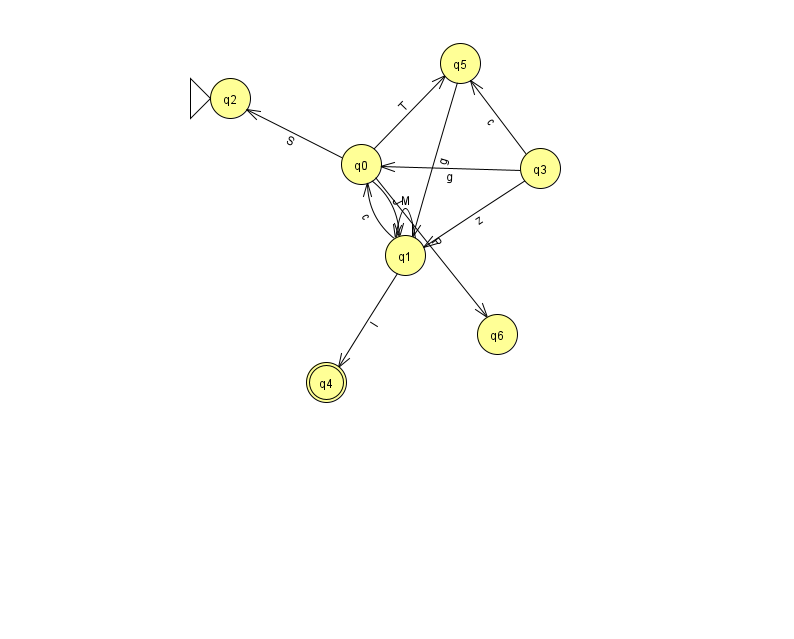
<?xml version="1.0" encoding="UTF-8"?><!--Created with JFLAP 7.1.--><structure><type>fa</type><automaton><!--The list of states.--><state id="0" name="q0"><x>361.0</x><y>151.0</y></state><state id="1" name="q1"><x>405.0</x><y>242.0</y></state><state id="2" name="q2"><x>230.0</x><y>85.0</y><initial/></state><state id="3" name="q3"><x>540.0</x><y>155.0</y></state><state id="4" name="q4"><x>326.0</x><y>369.0</y><final/></state><state id="5" name="q5"><x>460.0</x><y>50.0</y></state><state id="6" name="q6"><x>497.0</x><y>321.0</y></state><!--The list of transitions.--><transition><from>0</from><to>1</to><read>J</read></transition><transition><from>3</from><to>1</to><read>z</read></transition><transition><from>0</from><to>2</to><read>S</read></transition><transition><from>0</from><to>6</to><read>P</read></transition><transition><from>5</from><to>1</to><read>g</read></transition><transition><from>3</from><to>0</to><read>g</read></transition><transition><from>1</from><to>0</to><read>c</read></transition><transition><from>3</from><to>5</to><read>c</read></transition><transition><from>1</from><to>4</to><read>l</read></transition><transition><from>0</from><to>5</to><read>T</read></transition><transition><from>1</from><to>1</to><read>M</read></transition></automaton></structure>